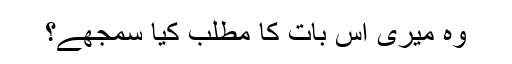
وہ میری اس بات کا مطلب کیا سمجھے؟